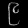
Digit: ၉